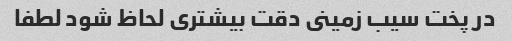
در پخت سیب زمینى دقت بیشترى لحاظ شود لطفا